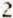
2